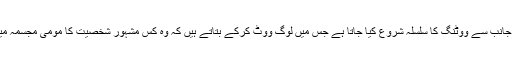
ہر سال میوزیم انتظامیہ کی جانب سے ووٹنگ کا سلسلہ شروع کیا جاتا ہے جس میں لوگ ووٹ کرکے بتاتے ہیں کہ وہ کس مشہور شخصیت کا مومی مجسمہ میوزیم میں دیکھنا چاہتے ہیں۔